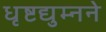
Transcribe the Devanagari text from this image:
धृष्टद्युम्नने